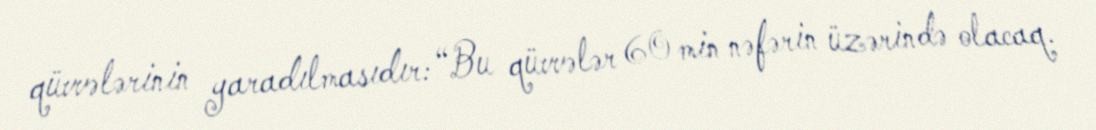
qüvvələrinin yaradılmasıdır: “Bu qüvvələr 60 min nəfərin üzərində olacaq.